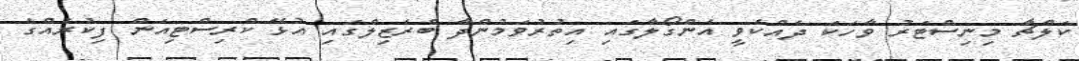
ކަލްޗާ މިނިސްޓަރު ވާހަކަ ދެއްކެވީ އެންގޯލާގައި އިތުރުވަމުންދާ ބްރެޒިލްގައި އުޅޭ ކްރިސްޓިއަން ފިކުރެއްގެ